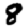
Digit: 8